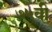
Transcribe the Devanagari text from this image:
७५वी